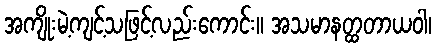
အကျိုးမဲ့ကျင့်သဖြင့်လည်းကောင်း။ အသမာနတ္ထတာယဝါ၊